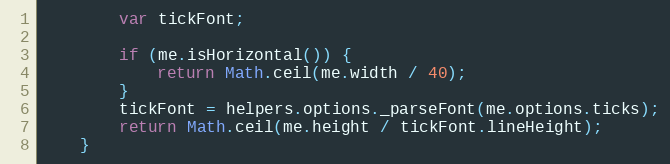
Language: JavaScript
		var tickFont;

		if (me.isHorizontal()) {
			return Math.ceil(me.width / 40);
		}
		tickFont = helpers.options._parseFont(me.options.ticks);
		return Math.ceil(me.height / tickFont.lineHeight);
	}